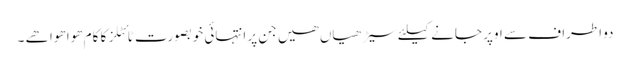
دو اطراف سے اوپر جانے کیلئے سیڑھیاں ھیں جن پر انتہائی خوبصورت ٹائٹلز کا کام ھوا ھوا ھے ۔